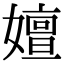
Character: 嬗